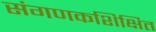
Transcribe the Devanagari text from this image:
संगणकशिक्षित